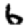
Digit: 6